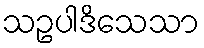
သဥပါဒိသေသာ